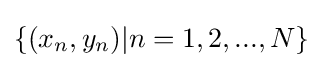
\{(x_{n},y_{n})|n=1,2,...,N\}